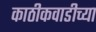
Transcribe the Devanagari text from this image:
काठीकवाडीच्या